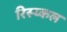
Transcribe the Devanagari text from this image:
रिस्य्कल